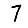
Digit: 7